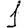
Digit: 1